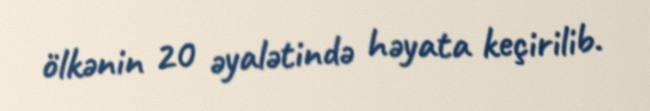
ölkənin 20 əyalətində həyata keçirilib.